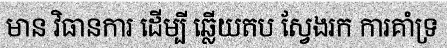
មាន វិធានការ ដើម្បី ឆ្លើយតប ស្វែងរក ការគាំទ្រ